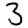
Digit: 3